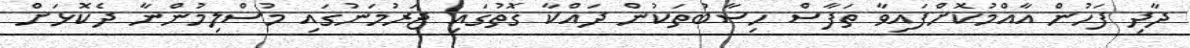
ދާދި ފަހުން އާއްމުކޮށްފައިވާ ތަފާސް ހިސާބުތަކުން ދައްކާ ގޮތުގައި ޖަރުމަނުގައި މުސްލިމުންނާ ދެކޮޅަށް